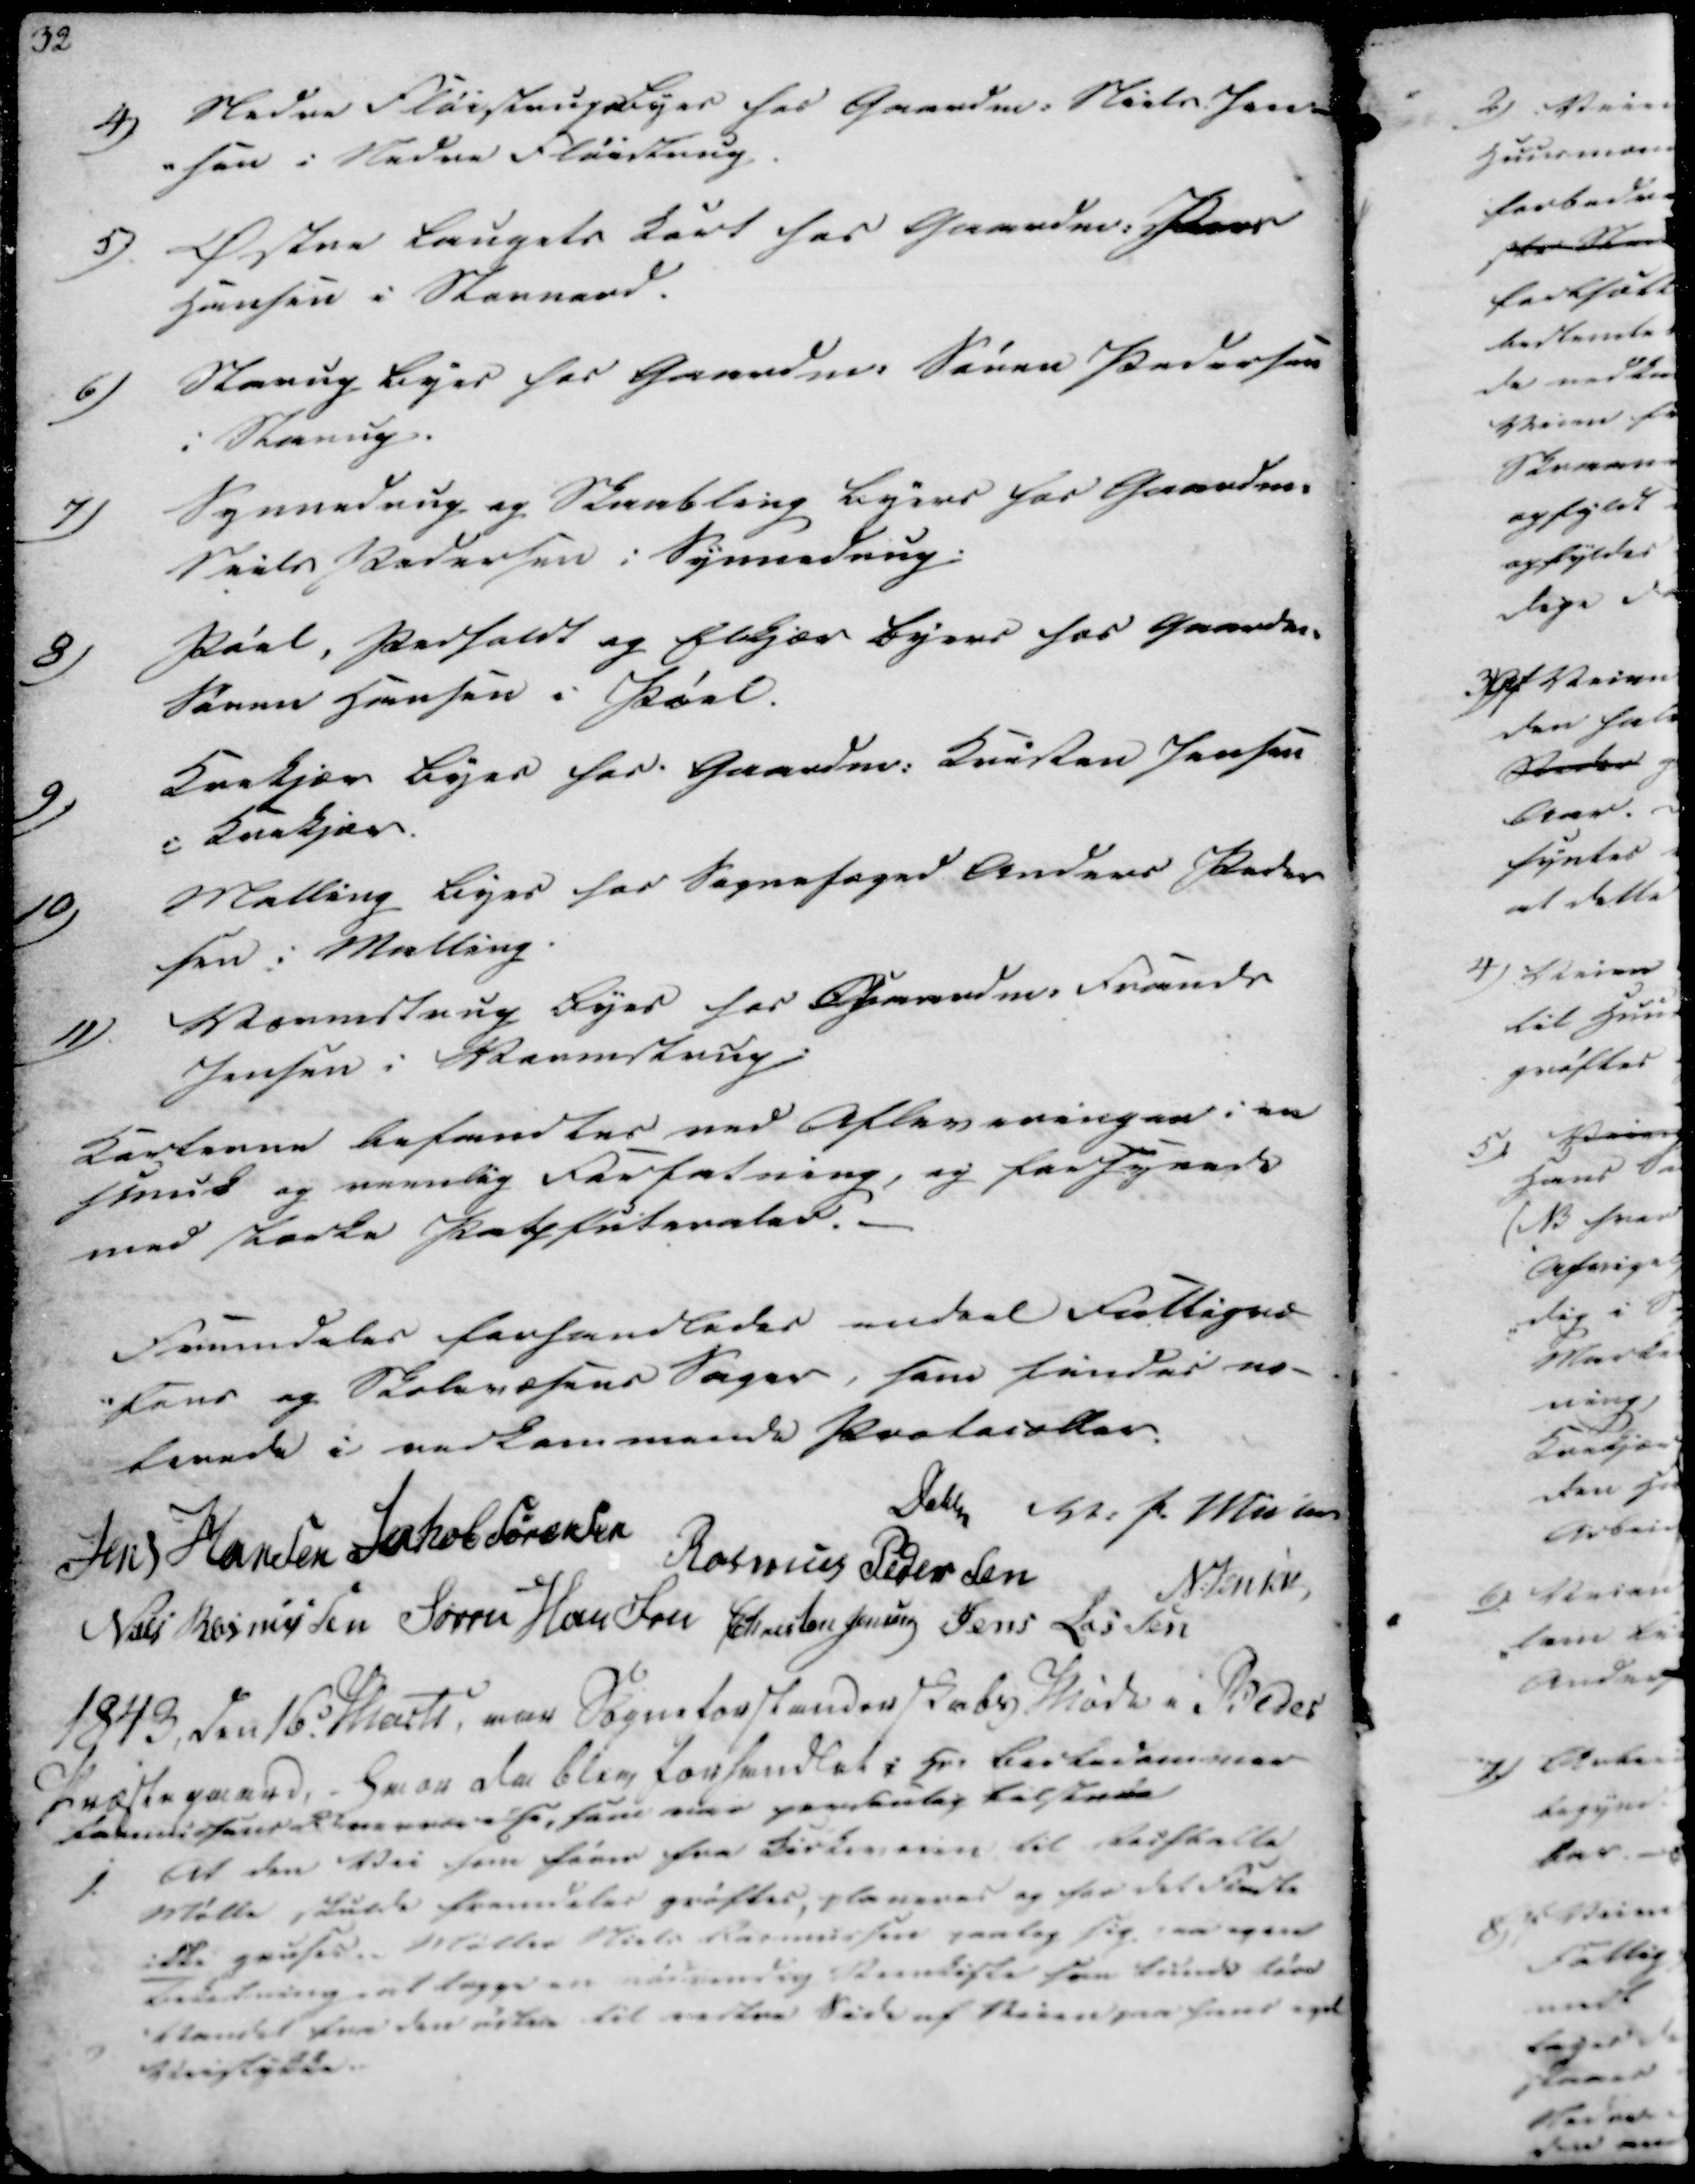
Transskription:
4)
Nedre Fløistrups Byes hos Gaardm. Niels Jen-
-sen i Nedre Fløistrup.

5)
Østre Langets Kort hos Gaardm. Peder
Hansen i Stornord.

6)
Starup Byes hos Gaardm: Søren Pedersen
i Starup.

7)
Synnedrup og Skaabling Byers hos Gaardm.
Niels Pedersen i Synnedrup.

8)
Pøel, Pedholdt og Elkjær Byers hos Gaardm.
Søren Hansen i Pøel.

9)
Krekjær Byes hos Gaardm: Kristen Jensen
i Krekjær.

10)
Malling Byes hos Sognefoged Anders Peder
sen i Malling.

11)
Vormstrup Byes hos Gaardm. Frands
Jensen i Vormstrup.

Korterne befandtes ved Afleveringen i en
hsnud og reenlig Forfatning, og forsynede
med stærke Patfriterater.

Fremdeles forhandledes andeel Fattigvæ
-sens og Skolevæsens Sager, som findes no-
terede i vedkommende Protocoller.

Jens Hansen
Jakob Sørensen
Dahl
V. P. Müller
Rasmus Pedersen
N. Jensen
Niels Rasmussen
Søren Hansen
Christen Jensen
Jens Lassen

1843, den 16 Marts, var Sogneforstanderskabs Møde i Beder
Præstegaard, - Hvor da blev forhandlet i fra birkedommer
faknnistensde havde else, som var paabulig tilstede

1.

til den Vei som fører fra Kirkeveien til Reifkalle
Mølle, burde fremdeles grøftes, planeres og for det Firdte
ikke gruses. Møller Niels Rasmussen paatog sig saa igen
bekostning at lægge en uddvendig Steenkiste som lidende føre
Vandet fra den østre til vestre Side af Veien paa hans eget
Veistykke.